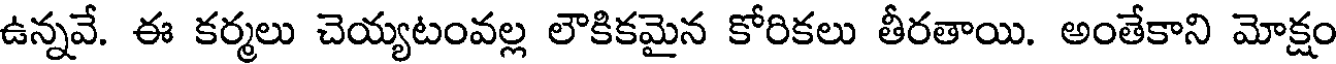
ఉన్నవే. ఈ కర్మలు చెయ్యటంవల్ల లౌకికమైన కోరికలు తీరతాయి. అంతేకాని మోక్షం